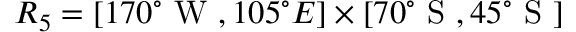
R _ { 5 } = [ 1 7 0 ^ { \circ } \mathrm { ~ W ~ } , 1 0 5 ^ { \circ } { E } ] \times [ 7 0 ^ { \circ } \mathrm { ~ S ~ } , 4 5 ^ { \circ } \mathrm { ~ S ~ } ]